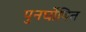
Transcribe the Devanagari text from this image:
पुनर्घोषित